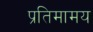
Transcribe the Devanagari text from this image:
प्रतिमामय